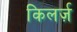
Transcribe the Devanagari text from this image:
किलर्ज़